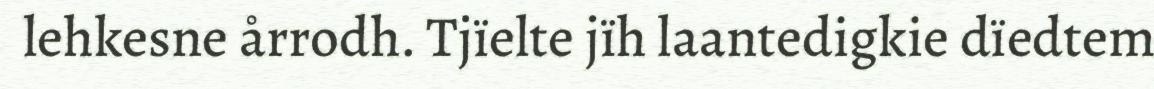
lehkesne årrodh. Tjïelte jïh laantedigkie dïedtem